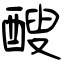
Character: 醙